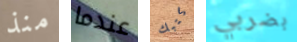
منذ عندما كتبك بضربي